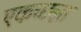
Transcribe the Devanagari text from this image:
एकच्छन्ना